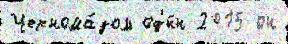
Чернома́зом од'и́н 2015 он